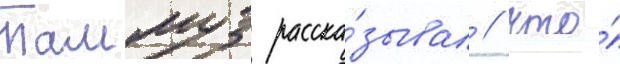
Таммуз расска́зывал / что́